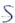
Text: S